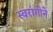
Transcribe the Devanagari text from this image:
स्वरांगीने